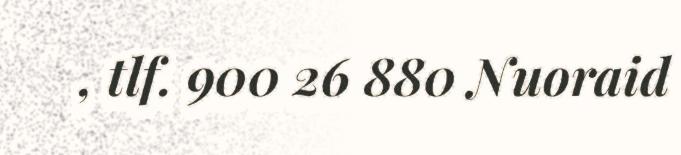
, tlf. 900 26 880 Nuoraid